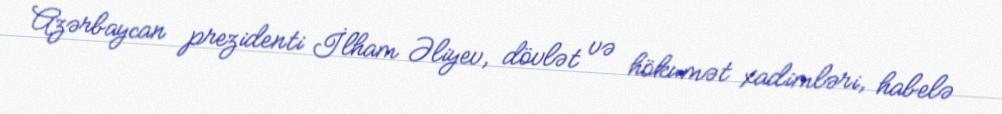
Azərbaycan prezidenti İlham Əliyev, dövlət və hökumət xadimləri, habelə